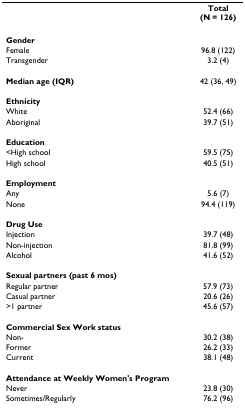
<table><thead><tr><td>[EMPTY_CELL]</td><td><b>Total(N = 126)</b></td></tr></thead><tbody><tr><td><b>Gender</b></td><td>[EMPTY_CELL]</td></tr><tr><td>Female</td><td>96.8 (122)</td></tr><tr><td>Transgender</td><td>3.2 (4)</td></tr><tr><td><b>Median age (IQR)</b></td><td>42 (36, 49)</td></tr><tr><td><b>Ethnicity</b></td><td>[EMPTY_CELL]</td></tr><tr><td>White</td><td>52.4 (66)</td></tr><tr><td>Aboriginal</td><td>39.7 (51)</td></tr><tr><td><b>Education</b></td><td>[EMPTY_CELL]</td></tr><tr><td><high school=""><td>59.5 (75)</td></high></td></tr><tr><td>High school</td><td>40.5 (51)</td></tr><tr><td><b>Employment</b></td><td>[EMPTY_CELL]</td></tr><tr><td>Any</td><td>5.6 (7)</td></tr><tr><td>None</td><td>94.4 (119)</td></tr><tr><td><b>Drug Use</b></td><td>[EMPTY_CELL]</td></tr><tr><td>Injection</td><td>39.7 (48)</td></tr><tr><td>Non-injection</td><td>81.8 (99)</td></tr><tr><td>Alcohol</td><td>41.6 (52)</td></tr><tr><td><b>Sexual partners (past 6 mos)</b></td><td>[EMPTY_CELL]</td></tr><tr><td>Regular partner</td><td>57.9 (73)</td></tr><tr><td>Casual partner</td><td>20.6 (26)</td></tr><tr><td>&gt;1 partner</td><td>45.6 (57)</td></tr><tr><td><b>Commercial Sex Work status</b></td><td>[EMPTY_CELL]</td></tr><tr><td>Non-</td><td>30.2 (38)</td></tr><tr><td>Former</td><td>26.2 (33)</td></tr><tr><td>Current</td><td>38.1 (48)</td></tr><tr><td><b>Attendance at Weekly Women's Program</b></td><td>[EMPTY_CELL]</td></tr><tr><td>Never</td><td>23.8 (30)</td></tr><tr><td>Sometimes/Regularly</td><td>76.2 (96)</td></tr></tbody></table>